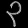
Digit: ၃